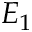
E _ { 1 }